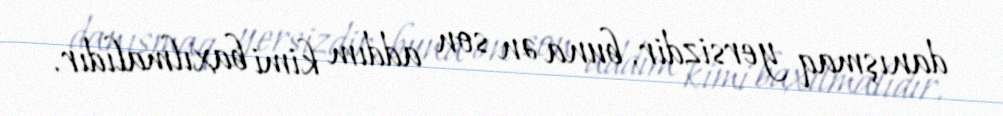
danışmaq yersizdir, buna ən son addım kimi baxılmalıdır.